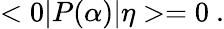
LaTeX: <0|P(\alpha)|\eta>=0\ .